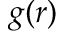
g ( r )